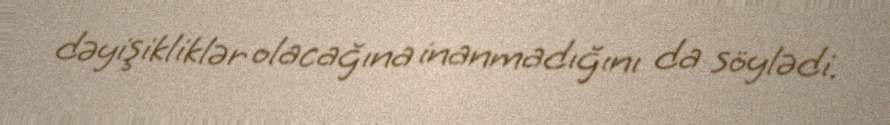
dəyişikliklər olacağına inanmadığını da söylədi.